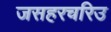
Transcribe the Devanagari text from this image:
जसहरचरिउ